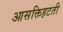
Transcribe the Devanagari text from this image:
आसक्तिहटती